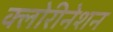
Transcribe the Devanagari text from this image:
क्लोरीनेशन